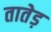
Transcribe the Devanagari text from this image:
तातेड़